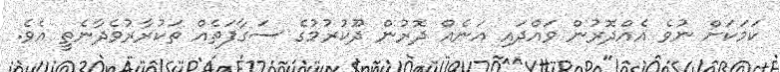
ކަމަކަށް ނުވެ އެއްދޮރުން ވައްދައި އަނެއް ދޮރުން ދޫކުރުމުގެ ސަގާފަތެއް ތަކުރާރުވެދާނެތީ އެވެ.